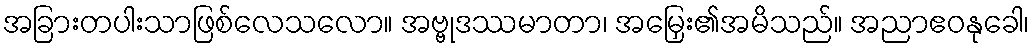
အခြားတပါးသာဖြစ်လေသလော။ အဗ္ဗုဒဿမာတာ၊ အမြှေး၏အမိသည်။ အညာဧဝနုခေါ၊